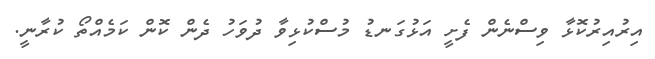
އިރުއިރުކޮޅާ ވިސްނެން ފެށީ އަޅުގަނޑު މުސްކުޅިވާ ދުވަހު ދެން ކޮން ކަމެއްތޯ ކުރާނީ.